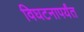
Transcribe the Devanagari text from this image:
विघटनापर्यंत